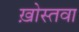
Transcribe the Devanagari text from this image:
ख़ोस्तवा